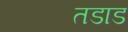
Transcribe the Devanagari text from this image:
तडाड